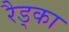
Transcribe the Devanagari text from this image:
रैड्का